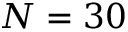
N = 3 0